Scottish Leaving Certificate Examination, 1961
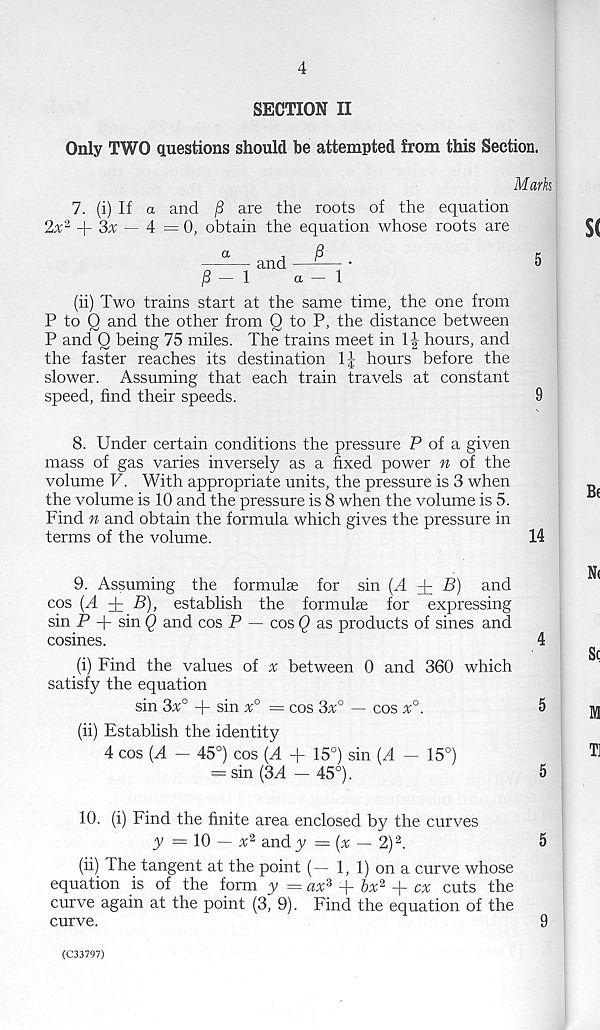
4
SECTION II
Only TWO questions should be attempted from this Section.
Mark
7. (i) If a and
are the roots of the equation
2x 2 + 3x — 4 =0, obtain the equation whose roots are
a
and
/S
/3 — 1
a — 1
(ii) Two trains start at the same time, the one from
P to Q and the other from Q to P, the distance between
P and Q being 75 miles. The trains meet in 1J hours, and
the faster reaches its destination 1J hours before the
slower. Assuming that each train travels at constant
speed, find their speeds.
5
9
8. Under certain conditions the pressure P of a given
mass of gas varies inversely as a fixed power n of the
volume V. With appropriate units, the pressure is 3 when
the volume is 10 and the pressure is 8 when the volume is 5.
Find n and obtain the formula which gives the pressure in
terms of the volume.
14
9. Assuming the formulae for sin (A dr B) and
cos (A dr B), establish the formulae for expressing
sin P -f sin Q and cos P — cos Q as products of sines and
cosines.
4
(i) Find the values of ^ between 0 and 360 which
satisfy the equation
sin 3x° -|- sin x° = cos 3x° — cos x°.
5
(ii) Establish the identity
4 cos (A - 45°) cos (A + 15°) sin (A - 15°)
— sin (3A — 45°).
5
10. (i) Find the finite area enclosed by the curves
y = 10 — x 2 andy = (x — 2) 2 .
5
(ii) The tangent at the point (— 1, 1) on a curve whose
equation is of the form y = ax s d -
d~ cx cuts the
curve again at the point (3, 9). Find the equation of the
curve.
9
(C33797)